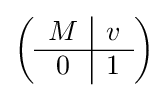
\left({\begin{array}{c|c}M&v\\\hline 0&1\end{array}}\right)